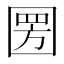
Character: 圐